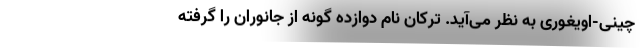
چینی-اویغوری به نظر می‌آید. ترکان نام دوازده گونه از جانوران را گرفته